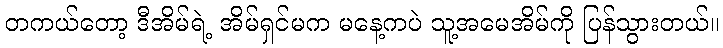
တကယ်တော့ ဒီအိမ်ရဲ့ အိမ်ရှင်မက မနေ့ကပဲ သူ့အမေအိမ်ကို ပြန်သွားတယ်။